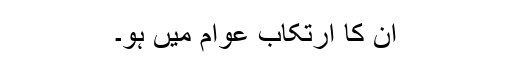
ان کا ارتکاب عوام میں ہو۔